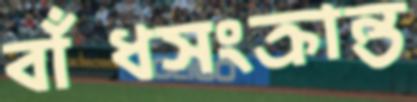
বাঁধসংক্রান্ত